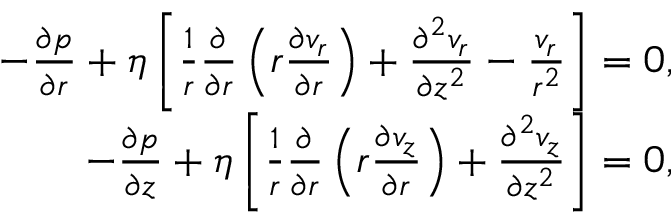
\begin{array} { r } { - \frac { \partial p } { \partial r } + \eta \left[ \frac { 1 } { r } \frac { \partial } { \partial r } \left( r \frac { \partial v _ { r } } { \partial r } \right) + \frac { \partial ^ { 2 } v _ { r } } { \partial z ^ { 2 } } - \frac { v _ { r } } { r ^ { 2 } } \right] = 0 , } \\ { - \frac { \partial p } { \partial z } + \eta \left[ \frac { 1 } { r } \frac { \partial } { \partial r } \left( r \frac { \partial v _ { z } } { \partial r } \right) + \frac { \partial ^ { 2 } v _ { z } } { \partial z ^ { 2 } } \right] = 0 , } \end{array}